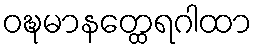
ဝဍ္ဎမာနတ္ထေရဂါထာ